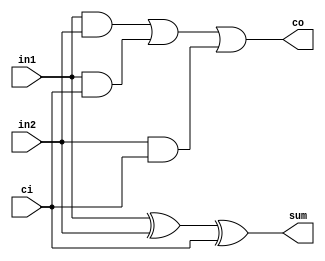
module fa(
	input in1,
	input in2,
	input ci,
	output wire co,
	output wire sum
);

assign sum = in1 ^ in2 ^ ci;
assign co = (in1&in2) | (in1&ci) | (in2&ci);

endmodule